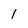
Character: 1